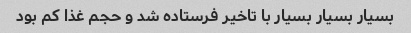
بسیار بسیار بسیار با تاخیر فرستاده شد و حجم غذا کم بود